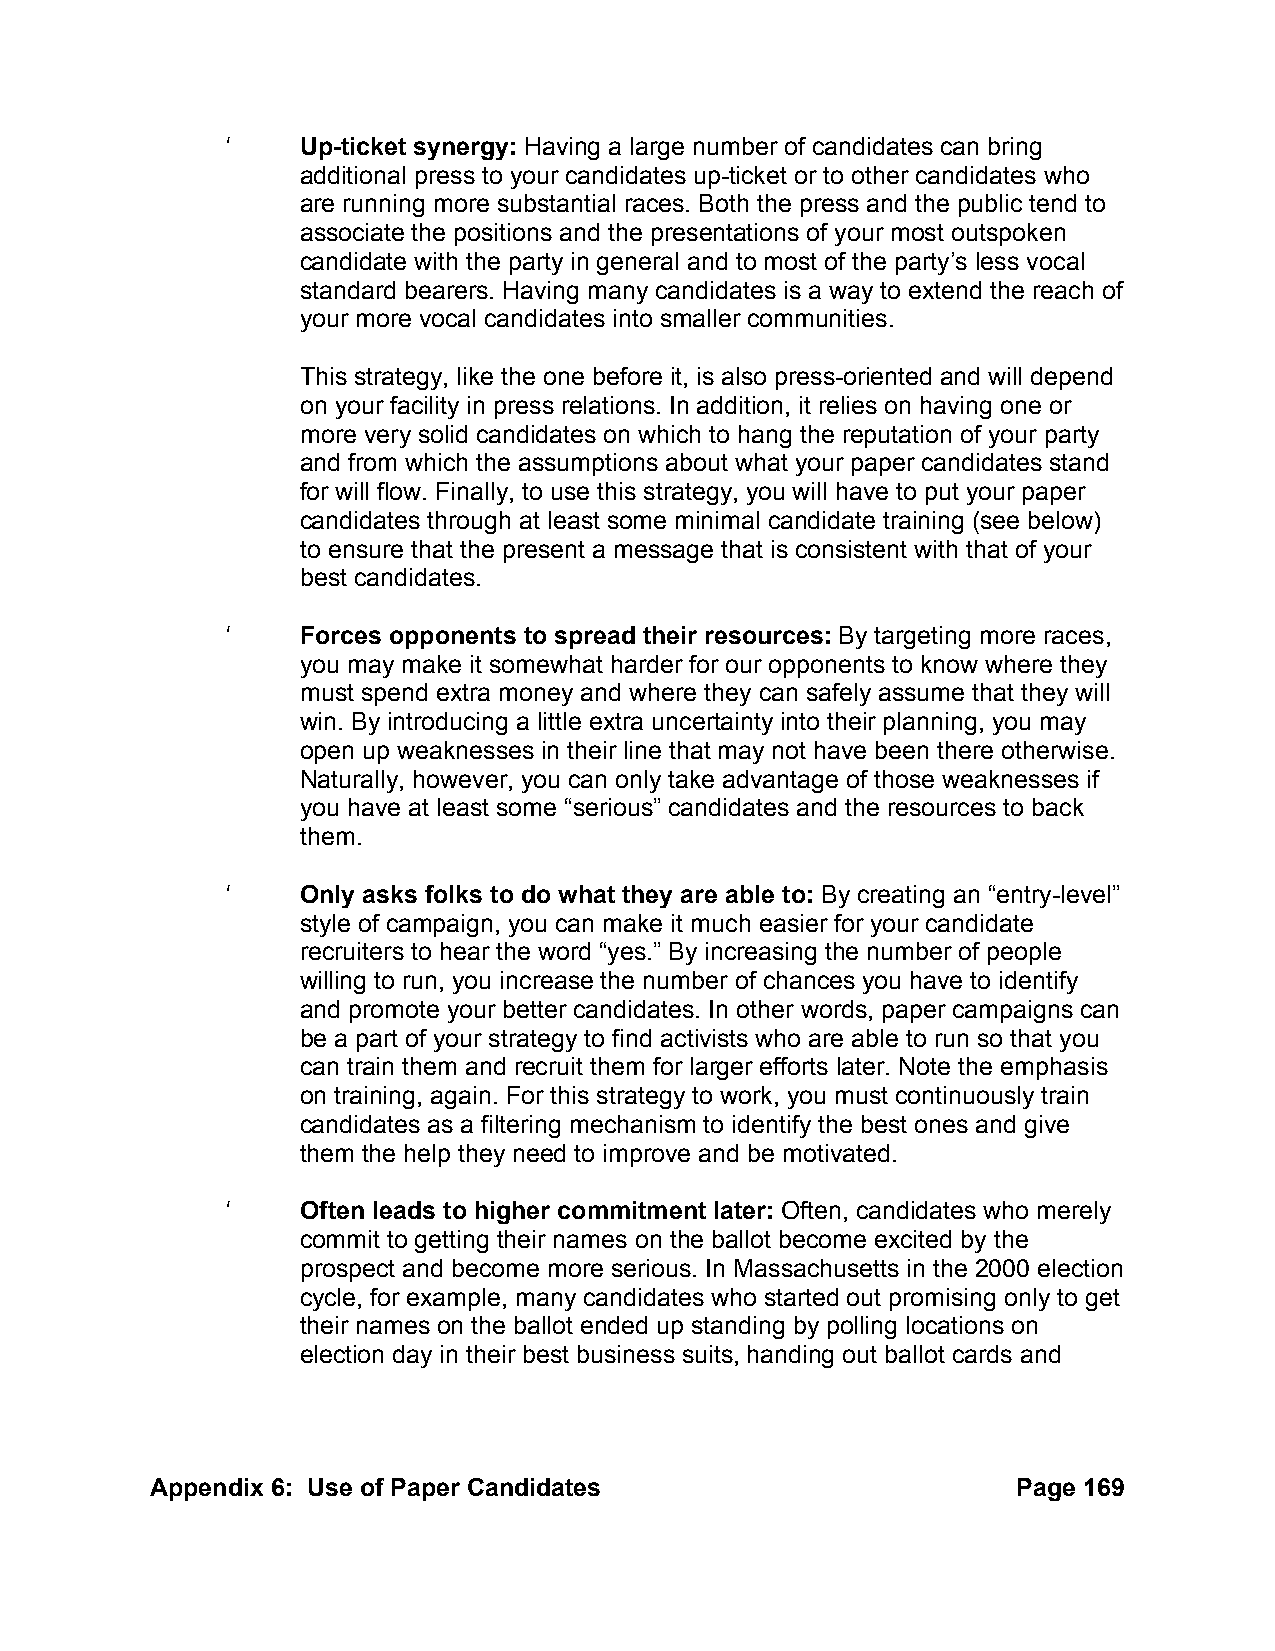
‘    Up-ticket synergy: Having a large number of candidates can bring
 additional press to your candidates up-ticket or to other candidates who
 are running more substantial races. Both the press and the public tend to
 associate the positions and the presentations of your most outspoken
 candidate with the party in general and to most of the party’s less vocal
 standard bearers. Having many candidates is a way to extend the reach of
 your more vocal candidates into smaller communities.
 This strategy, like the one before it, is also press-oriented and will depend
 on your facility in press relations. In addition, it relies on having one or
 more very solid candidates on which to hang the reputation of your party
 and from which the assumptions about what your paper candidates stand
 for will flow. Finally, to use this strategy, you will have to put your paper
 candidates through at least some minimal candidate training (see below)
 to ensure that the present a message that is consistent with that of your
 best candidates.
 ‘    Forces opponents to spread their resources: By targeting more races,
 you may make it somewhat harder for our opponents to know where they
 must spend extra money and where they can safely assume that they will
 win. By introducing a little extra uncertainty into their planning, you may
 open up weaknesses in their line that may not have been there otherwise.
 Naturally, however, you can only take advantage of those weaknesses if
 you have at least some “serious” candidates and the resources to back
 them.
 ‘    Only asks folks to do what they are able to: By creating an “entry-level”
 style of campaign, you can make it much easier for your candidate
 recruiters to hear the word “yes.” By increasing the number of people
 willing to run, you increase the number of chances you have to identify
 and promote your better candidates. In other words, paper campaigns can
 be a part of your strategy to find activists who are able to run so that you
 can train them and recruit them for larger efforts later. Note the emphasis
 on training, again. For this strategy to work, you must continuously train
 candidates as a filtering mechanism to identify the best ones and give
 them the help they need to improve and be motivated.
 ‘    Often leads to higher commitment later: Often, candidates who merely
 commit to getting their names on the ballot become excited by the
 prospect and become more serious. In Massachusetts in the 2000 election
 cycle, for example, many candidates who started out promising only to get
 their names on the ballot ended up standing by polling locations on
 election day in their best business suits, handing out ballot cards and
 Appendix 6: Use of Paper Candidates                      Page 169